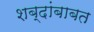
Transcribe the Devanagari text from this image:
शब्दांबाबत